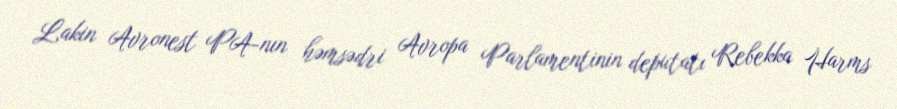
Lakin Avronest PA-nın həmsədri Avropa Parlamentinin deputatı Rebekka Harms